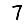
Digit: 7